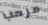
مرحب